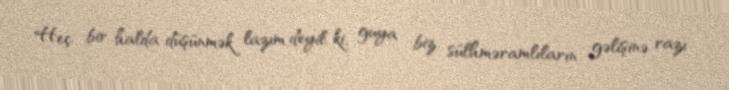
Heç bir halda düşünmək lazım deyil ki, guya biz sülhməramlıların gəlişinə razı